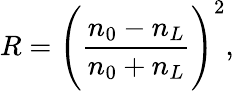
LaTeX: R=\Biggl(\frac{n_{0}-n_{L}}{n_{0}+n_{L}}\Biggr)^{2},